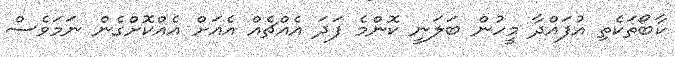
ކާބޯތަކެތި އުފައްދާ މީހުން ބަލަނީ ކޮންމެ ފަދަ އެއްޗެއް އެއަށް އެއްކޮށްގެން ނަަމަވެސް